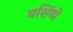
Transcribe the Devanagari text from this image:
वशिंयो